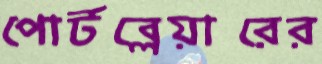
পোর্টব্লেয়ারের